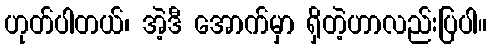
ဟုတ်ပါတယ်၊ အဲ့ဒီ အောက်မှာ ရှိတဲ့ဟာလည်းပြပါ။